Lunatic asylums Punjab 1911-1921 - 1911-1921
Year: 1911
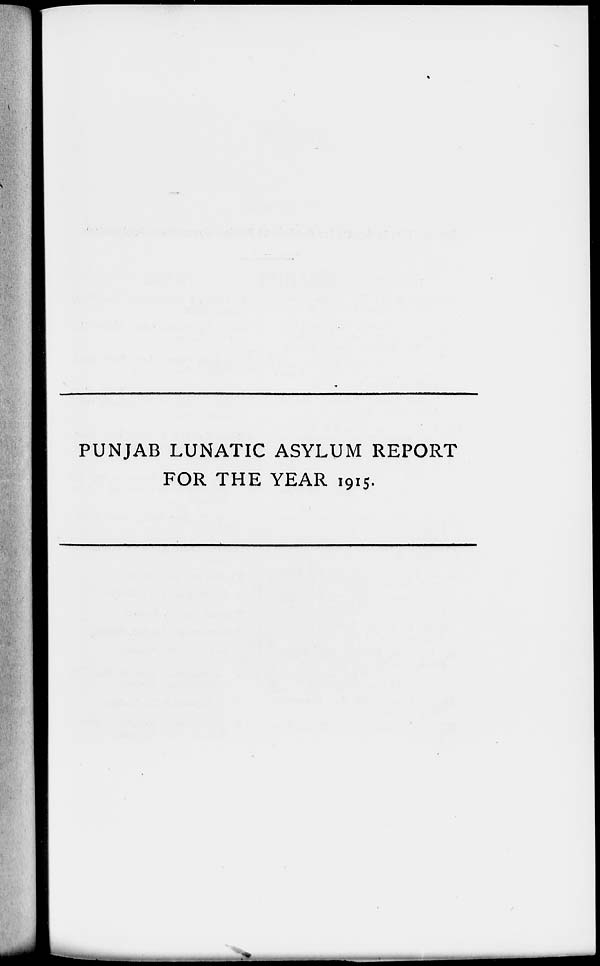
PUNJAB LUNATIC ASYLUM REPORT
FOR THE YEAR 1915.